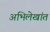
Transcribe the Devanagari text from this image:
अभिलेखांत